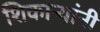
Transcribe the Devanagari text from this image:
शिकाऱ्यांनी